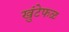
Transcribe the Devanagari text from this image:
खुंटेफळ